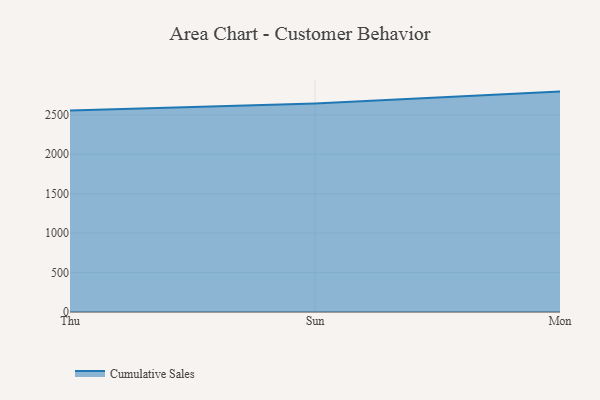
{"axis": {"x": "Day", "y": "Population (Million)"}, "legend": ["Cumulative Sales"], "data": [{"x": "Thu", "y": 2553.5, "type": "Cumulative Sales"}, {"x": "Sun", "y": 2643.3, "type": "Cumulative Sales"}, {"x": "Mon", "y": 2793.7, "type": "Cumulative Sales"}]}